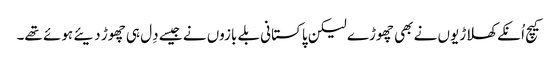
کیچ اُنکے کھلاڑیوں نے بھی چھوڑے لیکن پاکستانی بلے بازوں نے جیسے دِل ہی چھوڑ دیئے ہوئے تھے۔